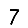
Digit: 7